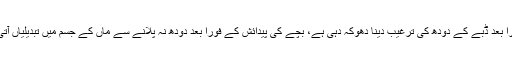
ماؤں کو بچے کی پیدائش کے فوراً بعد ڈبے کے دودھ کی ترغیب دینا دھوکہ دہی ہے، بچے کی پیدائش کے فوراً بعد دودھ نہ پلانے سے ماں کے جسم میں تبدیلیاں آتی ہیں جو کینسر کا باعث بنتی ہیں۔